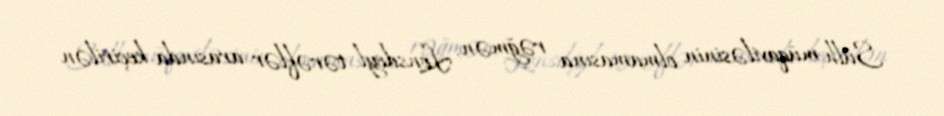
Sülh müqaviləsinin olmamasına rəğmən, Lonsdeyl tərəflər arasında keçirilən